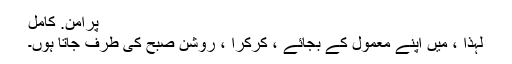
پرامن. کامل
لہذا ، میں اپنے معمول کے بجائے ، کرکرا ، روشن صبح کی طرف جاتا ہوں۔